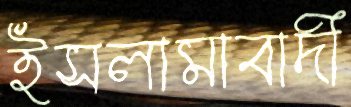
ইসলামাবাদী